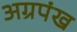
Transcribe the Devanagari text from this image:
अग्रपंख